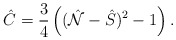
\begin{align*}\hat{C}=\frac{3}{4}\left((\hat{\cal N}-\hat{S})^2-1\right).\end{align*}